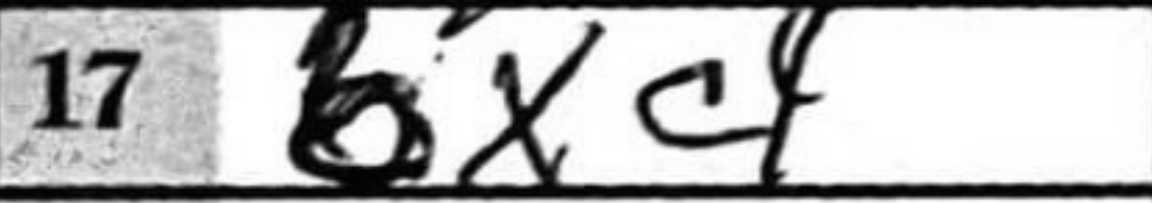
Transcription: bxc4